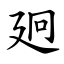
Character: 㢠